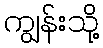
ကျွန်းသို့